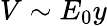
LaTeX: V\sim E_{0}y